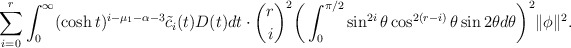
\begin{align*}\sum^r_{i=0}\int^\infty_0(\cosh t)^{i-\mu_1-\alpha-3}\tilde{c}_i(t)D(t)dt \cdot {r\choose i}^2\bigg(\int_0^{\pi/2}\sin^{2i}\theta \cos^{2(r-i)}\theta\sin 2\theta d\theta\bigg)^2\|\phi\|^2.\end{align*}